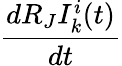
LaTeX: \frac{dR_{J}I_{k}^{i}(t)}{dt}